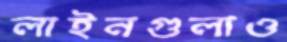
লাইনগুলাও